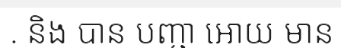
. និង បាន បញ្ជា អោយ មាន